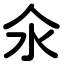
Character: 氽